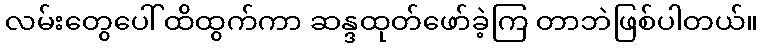
လမ်းတွေပေါ်ထိထွက်ကာ ဆန္ဒထုတ်ဖော်ခဲ့ကြ တာဘဲဖြစ်ပါတယ်။